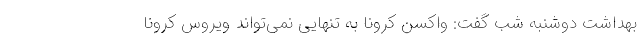
بهداشت دوشنبه شب گفت: واکسن کرونا به تنهایی نمی‌تواند ویروس کرونا